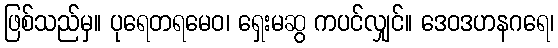
ဖြစ်သည်မှ။ ပုရေတရမေဝ၊ ရှေးမဆွ ကပင်လျှင်။ ဒေဝဒဟနဂရေ၊